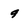
Character: 9